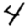
Digit: 4